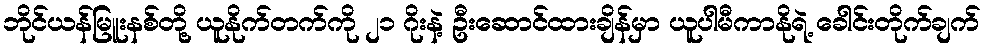
ဘိုင်ယန်မြူးနစ်တို့ ယူနိုက်တက်ကို ၂၁ ဂိုးနဲ့ ဦးဆောင်ထားချိန်မှာ ယူပါမီကာနိုရဲ့ ခေါင်းတိုက်ချက်